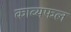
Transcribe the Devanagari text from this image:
काव्यफल